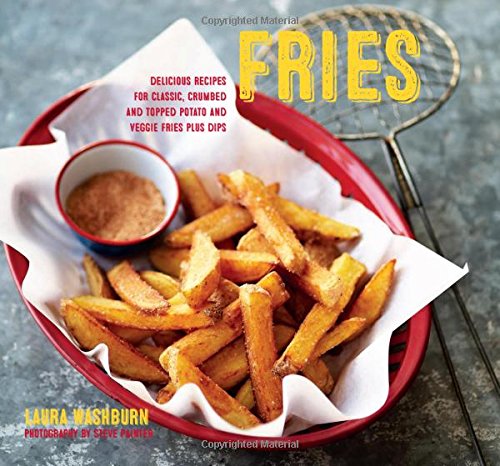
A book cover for Fries: 30 delicious recipes for classic, crumbed and topped potato and veggie fries plus dips; Laura Washburn Hutton; Cookbooks, Food & Wine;